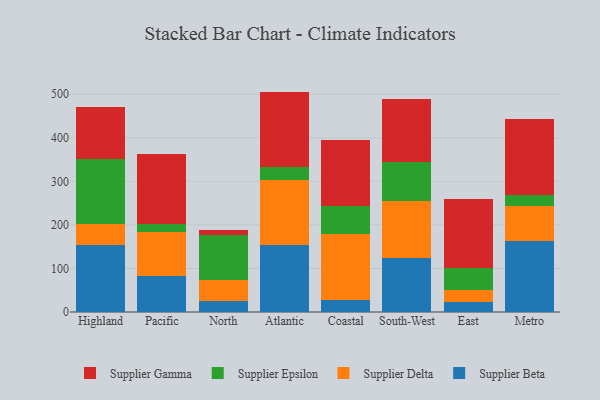
{"axis": {"x": "Region", "y": "Active Users"}, "legend": ["Supplier Beta", "Supplier Delta", "Supplier Epsilon", "Supplier Gamma"], "data": [{"x": "Highland", "y": 153.8, "type": "Supplier Beta"}, {"x": "Highland", "y": 48.6, "type": "Supplier Delta"}, {"x": "Highland", "y": 149.3, "type": "Supplier Epsilon"}, {"x": "Highland", "y": 119.6, "type": "Supplier Gamma"}, {"x": "Pacific", "y": 82.8, "type": "Supplier Beta"}, {"x": "Pacific", "y": 101.3, "type": "Supplier Delta"}, {"x": "Pacific", "y": 17.4, "type": "Supplier Epsilon"}, {"x": "Pacific", "y": 162.2, "type": "Supplier Gamma"}, {"x": "North", "y": 25.3, "type": "Supplier Beta"}, {"x": "North", "y": 48.1, "type": "Supplier Delta"}, {"x": "North", "y": 103.0, "type": "Supplier Epsilon"}, {"x": "North", "y": 12.9, "type": "Supplier Gamma"}, {"x": "Atlantic", "y": 154.4, "type": "Supplier Beta"}, {"x": "Atlantic", "y": 149.1, "type": "Supplier Delta"}, {"x": "Atlantic", "y": 28.4, "type": "Supplier Epsilon"}, {"x": "Atlantic", "y": 174.1, "type": "Supplier Gamma"}, {"x": "Coastal", "y": 27.8, "type": "Supplier Beta"}, {"x": "Coastal", "y": 150.6, "type": "Supplier Delta"}, {"x": "Coastal", "y": 65.2, "type": "Supplier Epsilon"}, {"x": "Coastal", "y": 150.3, "type": "Supplier Gamma"}, {"x": "South-West", "y": 123.5, "type": "Supplier Beta"}, {"x": "South-West", "y": 132.3, "type": "Supplier Delta"}, {"x": "South-West", "y": 89.5, "type": "Supplier Epsilon"}, {"x": "South-West", "y": 144.5, "type": "Supplier Gamma"}, {"x": "East", "y": 23.2, "type": "Supplier Beta"}, {"x": "East", "y": 27.4, "type": "Supplier Delta"}, {"x": "East", "y": 51.3, "type": "Supplier Epsilon"}, {"x": "East", "y": 157.1, "type": "Supplier Gamma"}, {"x": "Metro", "y": 163.3, "type": "Supplier Beta"}, {"x": "Metro", "y": 80.9, "type": "Supplier Delta"}, {"x": "Metro", "y": 23.7, "type": "Supplier Epsilon"}, {"x": "Metro", "y": 174.3, "type": "Supplier Gamma"}]}